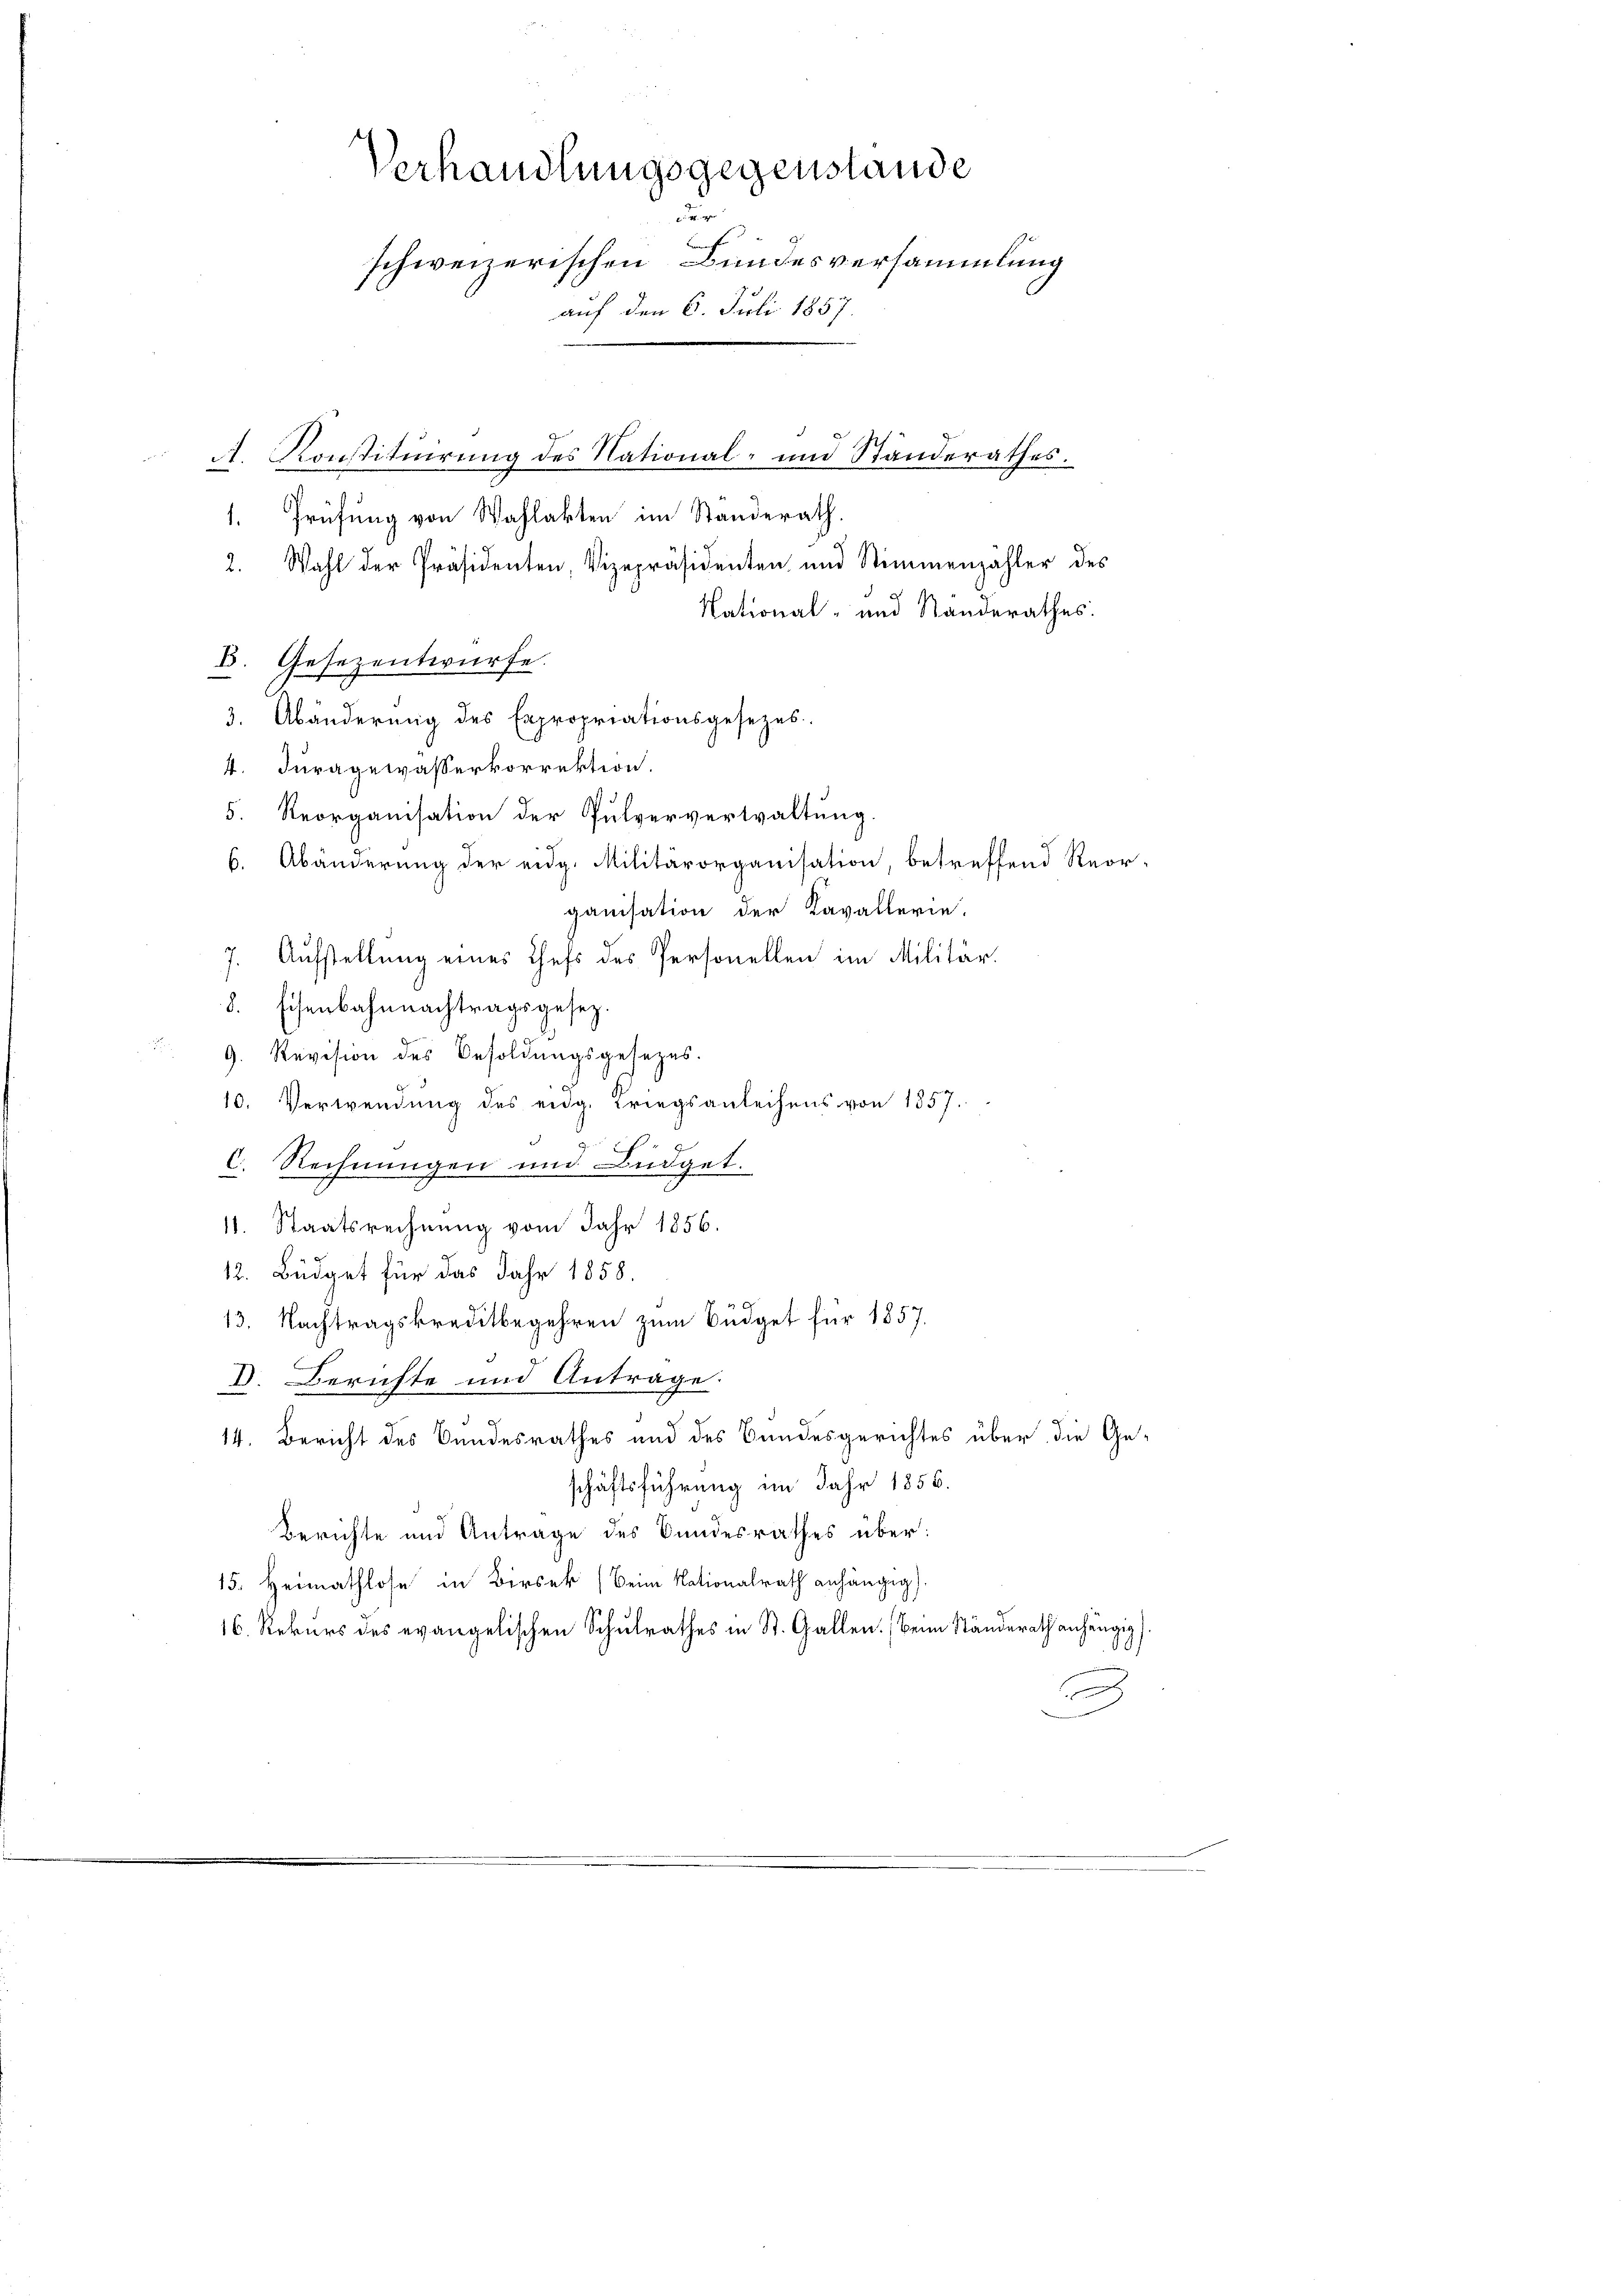
Verhandlungsgegenstande

schweizerischen Bundesversammlung
auf den 6. Juli 1857.
A. Konstituirung des National- und Standerathes.

1. Prüfung von Wahlakten im Standerath.
1
2. Wahl der Präsidenten, Vizepräsidenten und Stimmenzahler des
National- und Standerathes:
E. Gesezentwürfe.
3. Abänderung des Expropriationsgesezes.
4. Juragewasserkorrektion.
5. Reorganisation der Pulververwaltung
6. Abänderung der eidg. Militärorganisation, betreffend Reor-
ganisation der Kavallerie.
7. Aufstellung eines Chefs des Personellen im Militär.
8. Eisenbahnnachtragsgesez.
9. Revision des Besoldungsgesezes.
10. Verwendung des eidg. Kriegsanleihens von 1857.
Rechnungen und Büdget.
1
.
11. Staatsrechnung vom Jahr 1856.
12. Büdget für das Jahr 1858.
13. Nachtragskreditbegehren zum Büdget für 1857.
V. Berichte und Antrage.
14. Bericht des Bandesrathes und des Bundesgerichtes über die Geschäftsführung im Jahr 1856.
Berichte und Antrage des Bundesrathes über:
15. Heimathlose in Birsek (Beim Nationalrath anhängig)
16. Rekurs des evangelischen Schulrathes in St. Gallen. Beim Ständerath anhängig)
e
i